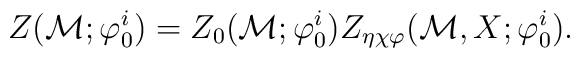
Z({\cal M}; {\varphi}^i_0) = Z_0 ({\cal M}; {\varphi}       ^i_0)                  Z_{\eta\chi\varphi} ({\cal M}, X;                  {\varphi}^i_0).